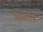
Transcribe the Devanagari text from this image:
शिष्टतम